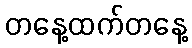
တနေ့ထက်တနေ့